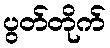
ပွတ်တိုက်